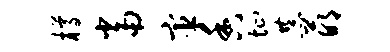
樽当宦香址恭萌